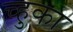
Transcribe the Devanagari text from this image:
च्हुका